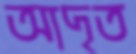
আদৃত